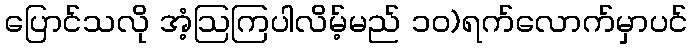
ပြောင်သလို အံ့ဩကြပါလိမ့်မည် ၁၀)ရက်လောက်မှာပင်